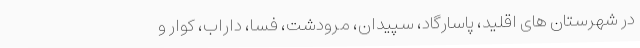
در شهرستان های اقلید، پاسارگاد، سپیدان، مرودشت، فسا، داراب، کوار و